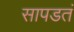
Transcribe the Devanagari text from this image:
सापडतं